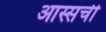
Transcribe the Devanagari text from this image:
आस्सची